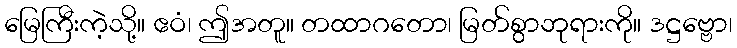
မြေကြီးကဲ့သို့။ ဧဝံ၊ ဤအတူ။ တထာဂတော၊ မြတ်စွာဘုရားကို။ ဒဋ္ဌဗ္ဗော၊